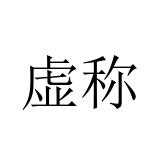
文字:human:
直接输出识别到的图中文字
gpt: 虚称